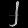
Digit: ၂